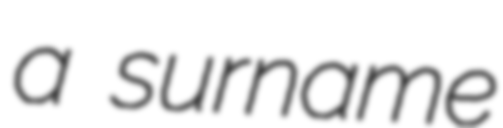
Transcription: a surname